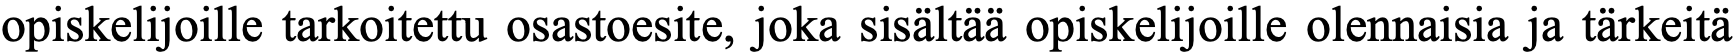
opiskelijoille tarkoitettu osastoesite, joka sisältää opiskelijoille olennaisia ja tärkeitä